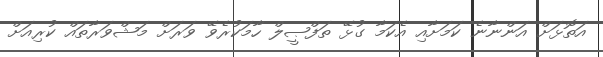
އަތޮޅަށް އަންނާނެ ކަމަށާއި އެކަމާ ގުޅޭ ތަފްޞީލް ހާމަކުރެވޭ ވަރަށް މަޝްވަރާތައް ކުރިއަށް